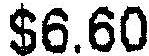
$6.60